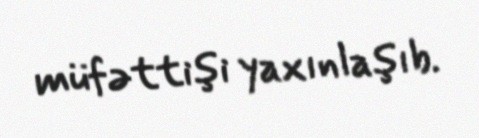
müfəttişi yaxınlaşıb.